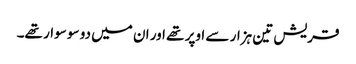
قریش تین ہزار سے اوپر تھے اور ان میں دو سو سوار تھے۔